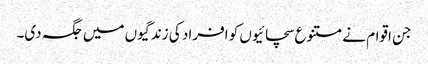
جن اقوام نے متنوع سچائیوں کو افراد کی زندگیوں میں جگہ دی۔